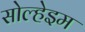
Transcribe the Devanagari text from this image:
सोल्हेइम